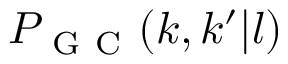
P _ { \mathrm { ~ G ~ C ~ } } ( k , k ^ { \prime } | l )